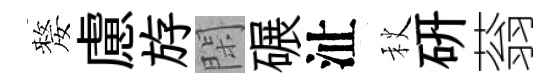
嫠慮斿閑碾沚秋硏蓊